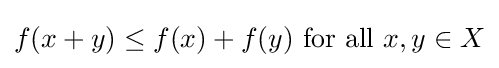
f(x+y)\leq f(x)+f(y){\text{ for all }}x,y\in X